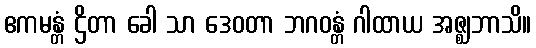
ဧကမန္တံ ဌိတာ ခေါ သာ ဒေဝတာ ဘဂဝန္တံ ဂါထာယ အဇ္ဈဘာသိ။